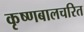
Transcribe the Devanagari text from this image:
कृष्णबालचरित